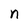
Character: n